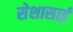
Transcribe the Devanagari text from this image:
सेशासाई